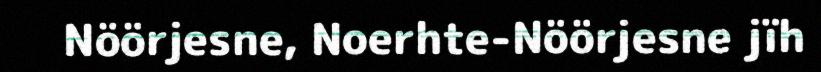
Nöörjesne, Noerhte-Nöörjesne jïh